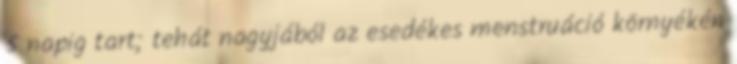
5 napig tart; tehát nagyjából az esedékes menstruáció környékén